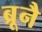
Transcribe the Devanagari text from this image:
ब्रूनै